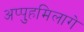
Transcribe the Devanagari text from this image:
अप्पुहमिलागे